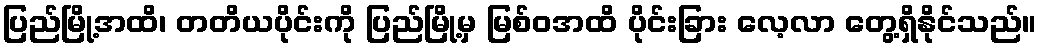
ပြည်မြို့အထိ၊ တတိယပိုင်းကို ပြည်မြို့မှ မြစ်ဝအထိ ပိုင်းခြား လေ့လာ တွေ့ရှိနိုင်သည်။